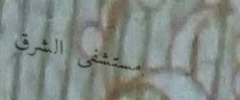
مستشفى الشرق